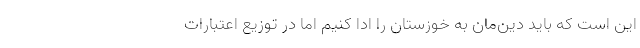
این است که باید دین‌مان به خوزستان را ادا کنیم اما در توزیع اعتبارات